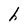
Character: h